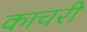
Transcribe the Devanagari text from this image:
काचरी